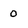
Character: 0